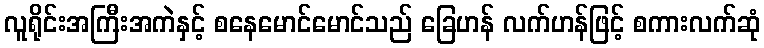
လူရိုင်းအကြီးအကဲနှင့် စနေမောင်မောင်သည် ခြေဟန် လက်ဟန်ဖြင့် စကားလက်ဆုံ